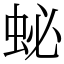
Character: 䖩